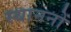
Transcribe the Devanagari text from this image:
स्थाननों